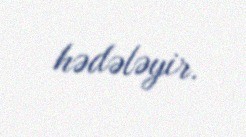
hədələyir.